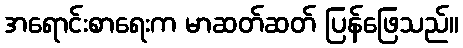
အရောင်းစာရေးက မာဆတ်ဆတ် ပြန်ဖြေသည်။